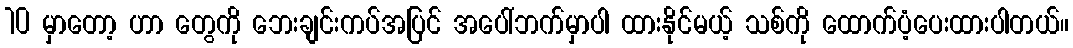
10 မှာတော့ ဟာ တွေကို ဘေးချင်းကပ်အပြင် အပေါ်ဘက်မှာပါ ထားနိုင်မယ့် သစ်ကို ထောက်ပံ့ပေးထားပါတယ်။